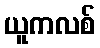
ယူကလစ်